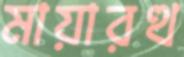
মায়ারত্থ